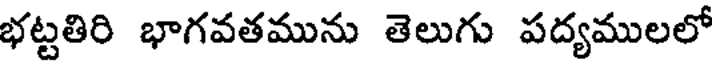
భట్టతిరి భాగవతమును తెలుగు పద్యములలో